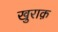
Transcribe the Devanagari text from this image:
खुराक़